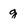
Character: g